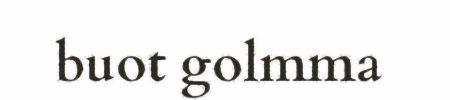
buot golmma